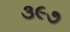
૩૯૭